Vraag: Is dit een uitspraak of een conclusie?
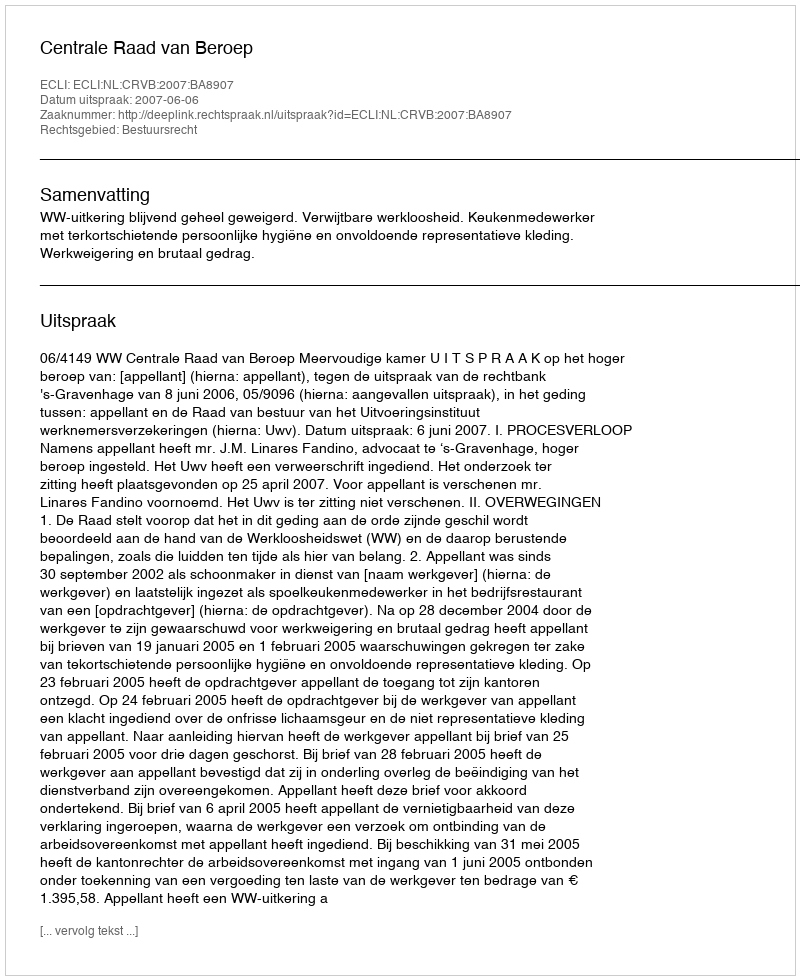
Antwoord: Uitspraak